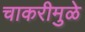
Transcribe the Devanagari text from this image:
चाकरीमुळे